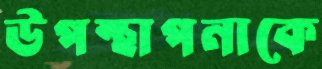
উপস্থাপনাকে